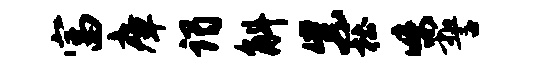
富瘴谒斛紫杜味誓